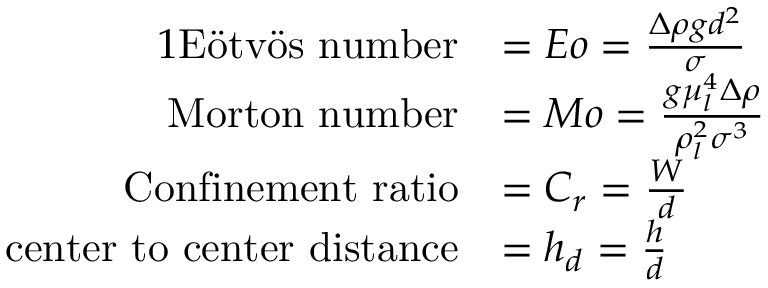
\begin{array} { r l } { { 1 } \mathrm { E \" o t v \" o s ~ n u m b e r } } & { = E o = \frac { \Delta \rho g d ^ { 2 } } { \sigma } } \\ { \mathrm { M o r t o n ~ n u m b e r } } & { = M o = \frac { g \mu _ { l } ^ { 4 } \Delta \rho } { \rho _ { l } ^ { 2 } \sigma ^ { 3 } } } \\ { \mathrm { C o n f i n e m e n t ~ r a t i o } } & { = C _ { r } = \frac { W } { d } } \\ { \mathrm { c e n t e r ~ t o ~ c e n t e r ~ d i s t a n c e } } & { = h _ { d } = \frac { h } { d } } \end{array}